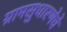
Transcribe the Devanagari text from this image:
ग्रामसुधारणेचे